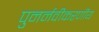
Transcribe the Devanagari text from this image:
पुनर्नवीकरणीय